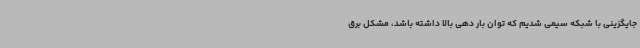
جایگزینی با شبکه سیمی شدیم که توان بار دهی بالا داشته باشد، مشکل برق